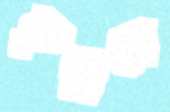
কৃচ্ছ্রতা